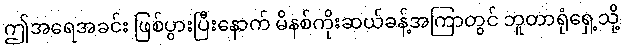
ဤအရေအခင်း ဖြစ်ပွားပြီးနောက် မိနစ်ကိုးဆယ်ခန့်အကြာတွင် ဘူတာရုံရှေ့သို့